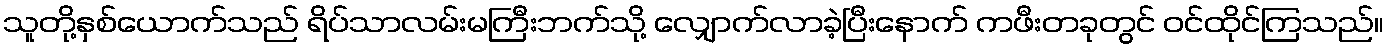
သူတို့နှစ်ယောက်သည် ရိပ်သာလမ်းမကြီးဘက်သို့ လျှောက်လာခဲ့ပြီးနောက် ကဖီးတခုတွင် ဝင်ထိုင်ကြသည်။